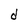
Character: d